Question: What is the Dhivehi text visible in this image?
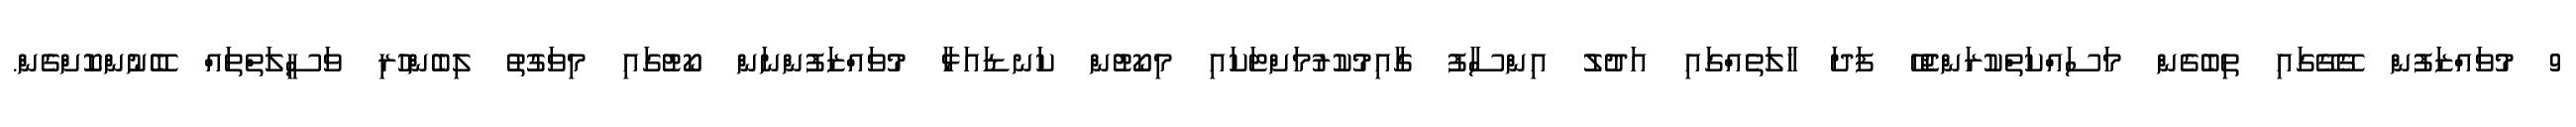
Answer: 9 މުވައްޒަފުން ގޭގޭގައި ތިބެގެން މަސައްކަތްކުރަންޖެހޭ ފަދަ ހާލަތެއްގައި އަދުލު އިންސާފު ގާއިމުކުރުމަށްޓަކައި މިކޯޓުން ކަނޑައަޅާ މުވައްޒަފުންނަން ކޯޓުގައި މިވަގުތު ލިބެންހުރި ވަސީލަތްތައް ބޭނުންކޮށްގެން.